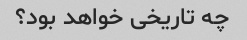
چه تاریخی خواهد بود؟